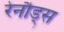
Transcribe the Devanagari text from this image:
रेनौड्स